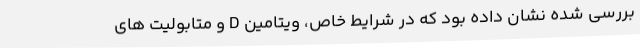
بررسی شده نشان داده بود که در شرایط خاص، ویتامین D و متابولیت های